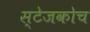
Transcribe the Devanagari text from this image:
स्‍टेजकोच